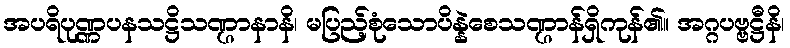
အပရိပုဏ္ဏပနသဋ္ဌိသဏ္ဌာနာနိ၊ မပြည့်စုံသောပိန္နဲစေသဏ္ဌာန်ရှိကုန်၏။ အဂ္ဂပဗ္ဗဋ္ဌီနိ၊